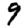
Digit: 9